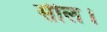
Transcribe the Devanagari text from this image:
सील।